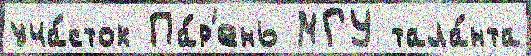
уча́сток Па́р'ень МГУ тала́нта